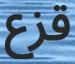
قزع